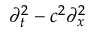
\partial _ { t } ^ { 2 } - c ^ { 2 } \partial _ { x } ^ { 2 }